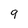
Character: 9